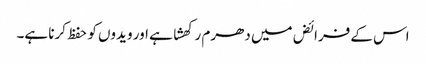
اس کے فرائض میں دھرم رکھشا ہے اور ویدوں کو حفظ کرنا ہے۔